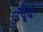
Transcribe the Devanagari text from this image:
हुंद